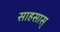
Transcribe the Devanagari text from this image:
साहसास्